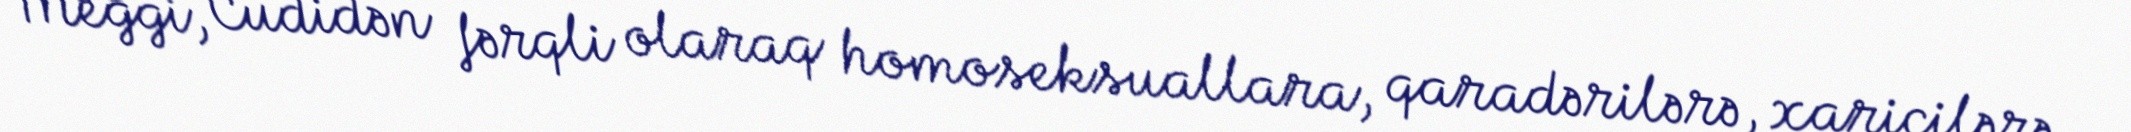
Meggi, Cudidən fərqli olaraq homoseksuallara, qaradərilərə, xaricilərə,